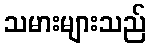
သမားများသည်